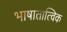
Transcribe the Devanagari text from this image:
भाषातात्विक